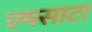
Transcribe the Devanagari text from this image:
एमसाटा